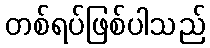
တစ်ရပ်ဖြစ်ပါသည်